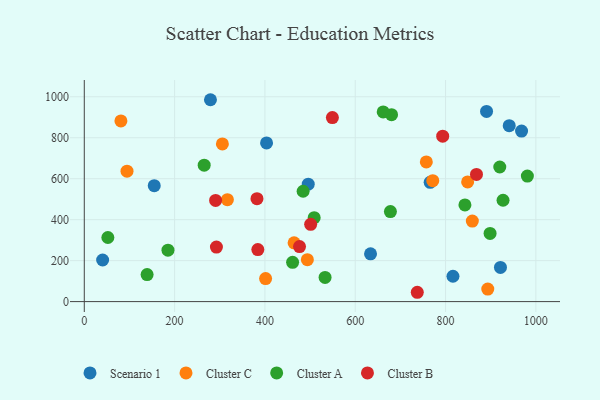
{"axis": {"x": "Study Hours", "y": "Rating"}, "legend": ["Cluster A", "Cluster B", "Cluster C", "Scenario 1"], "data": [{"x": "40.6", "y": 203.0, "type": "Scenario 1"}, {"x": "890.8", "y": 928.5, "type": "Scenario 1"}, {"x": "921.6", "y": 166.7, "type": "Scenario 1"}, {"x": "154.9", "y": 565.7, "type": "Scenario 1"}, {"x": "968.3", "y": 832.5, "type": "Scenario 1"}, {"x": "941.0", "y": 859.0, "type": "Scenario 1"}, {"x": "633.9", "y": 233.3, "type": "Scenario 1"}, {"x": "403.6", "y": 774.4, "type": "Scenario 1"}, {"x": "816.4", "y": 123.7, "type": "Scenario 1"}, {"x": "279.4", "y": 985.5, "type": "Scenario 1"}, {"x": "495.9", "y": 573.3, "type": "Scenario 1"}, {"x": "765.9", "y": 582.1, "type": "Scenario 1"}, {"x": "464.6", "y": 287.0, "type": "Cluster C"}, {"x": "81.1", "y": 881.8, "type": "Cluster C"}, {"x": "893.5", "y": 61.2, "type": "Cluster C"}, {"x": "494.0", "y": 204.7, "type": "Cluster C"}, {"x": "859.3", "y": 393.1, "type": "Cluster C"}, {"x": "771.7", "y": 590.5, "type": "Cluster C"}, {"x": "848.9", "y": 584.1, "type": "Cluster C"}, {"x": "305.8", "y": 769.7, "type": "Cluster C"}, {"x": "401.5", "y": 112.3, "type": "Cluster C"}, {"x": "316.9", "y": 497.8, "type": "Cluster C"}, {"x": "757.4", "y": 681.9, "type": "Cluster C"}, {"x": "94.6", "y": 636.9, "type": "Cluster C"}, {"x": "509.1", "y": 409.9, "type": "Cluster A"}, {"x": "185.3", "y": 250.8, "type": "Cluster A"}, {"x": "680.4", "y": 912.6, "type": "Cluster A"}, {"x": "484.6", "y": 538.6, "type": "Cluster A"}, {"x": "898.6", "y": 332.6, "type": "Cluster A"}, {"x": "139.1", "y": 132.0, "type": "Cluster A"}, {"x": "461.3", "y": 191.7, "type": "Cluster A"}, {"x": "927.3", "y": 494.7, "type": "Cluster A"}, {"x": "981.2", "y": 613.0, "type": "Cluster A"}, {"x": "265.5", "y": 666.0, "type": "Cluster A"}, {"x": "52.2", "y": 312.9, "type": "Cluster A"}, {"x": "661.9", "y": 926.0, "type": "Cluster A"}, {"x": "920.1", "y": 657.0, "type": "Cluster A"}, {"x": "842.9", "y": 471.8, "type": "Cluster A"}, {"x": "533.2", "y": 117.9, "type": "Cluster A"}, {"x": "677.9", "y": 439.4, "type": "Cluster A"}, {"x": "868.5", "y": 620.7, "type": "Cluster B"}, {"x": "292.6", "y": 266.4, "type": "Cluster B"}, {"x": "384.3", "y": 253.8, "type": "Cluster B"}, {"x": "737.4", "y": 45.5, "type": "Cluster B"}, {"x": "476.6", "y": 268.4, "type": "Cluster B"}, {"x": "793.7", "y": 807.5, "type": "Cluster B"}, {"x": "290.8", "y": 494.0, "type": "Cluster B"}, {"x": "549.4", "y": 898.4, "type": "Cluster B"}, {"x": "382.4", "y": 502.3, "type": "Cluster B"}, {"x": "501.3", "y": 377.0, "type": "Cluster B"}]}